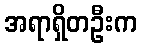
အရာရှိတဦးက